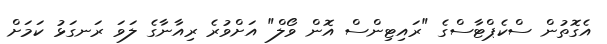
އެގޮތުން ސްކެޕްޓާސްގެ "ރައިޓިންސް އޮން ވޯލް" އަށްވުރެ ރިއާނާގެ ލަވަ ރަނގަޅު ކަމަށް